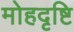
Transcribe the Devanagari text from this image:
मोहदृष्टि